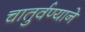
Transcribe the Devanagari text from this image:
चातुर्वण्याने